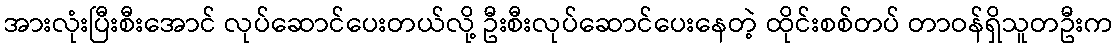
အားလုံးပြီးစီးအောင် လုပ်ဆောင်ပေးတယ်လို့ ဦးစီးလုပ်ဆောင်ပေးနေတဲ့ ထိုင်းစစ်တပ် တာဝန်ရှိသူတဦးက